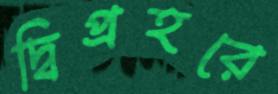
দ্বিপ্রহরে